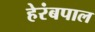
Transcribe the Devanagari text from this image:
हेरंबपाल